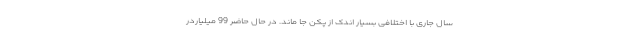
سال جاری با اختلافی بسیار اندک از پکن جا ماند. در حال حاضر 99 میلیاردر